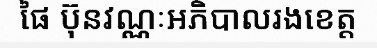
ផៃ ប៊ុនវណ្ណៈអភិបាលរងខេត្ត